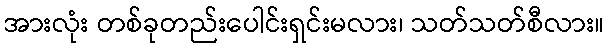
အားလုံး တစ်ခုတည်းပေါင်းရှင်းမလား၊ သတ်သတ်စီလား။